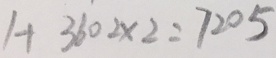
1 + 3 6 0 2 \times 2 = 7 2 0 5